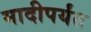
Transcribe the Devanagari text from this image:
मादीपर्यंत